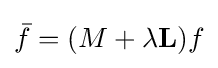
{\bar {f}}=(M+\lambda \mathbf {L} )f